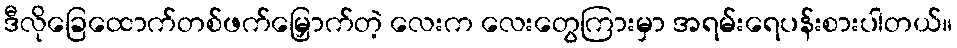
ဒီလိုခြေထောက်တစ်ဖက်မြှောက်တဲ့ လေးက လေးတွေကြားမှာ အရမ်းရေပန်းစားပါတယ်။